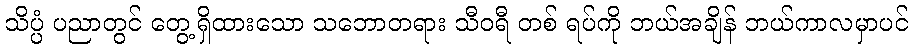
သိပ္ပံ ပညာတွင် တွေ့ရှိထားသော သဘောတရား သီဝရီ တစ် ရပ်ကို ဘယ်အချိန် ဘယ်ကာလမှာပင်